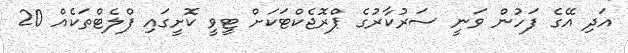
އަދި އޭގެ ފަހުން ވަނީ ސަރުކާރުގެ ޕްރޮޖެކްޓަކަށް ޓީވީ ކޮށީގައި ފްލެޓްތަކެއް 20